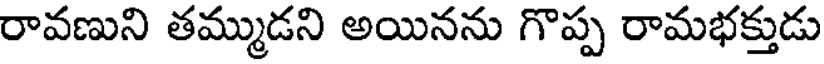
రావణుని తమ్ముడని అయినను గొప్ప రామభక్తుడు